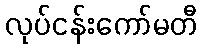
လုပ်ငန်းကော်မတီ